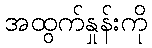
အထွက်နှုန်းကို